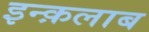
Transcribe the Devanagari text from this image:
इन्क़लाब